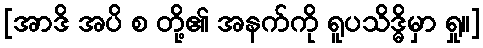
[အာဒိ အပိ စ တို့၏ အနက်ကို ရူပသိဒ္ဓိမှာ ရှု။]